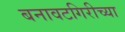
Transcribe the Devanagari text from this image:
बनावटगिरीच्या